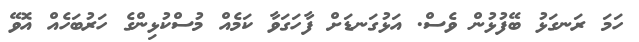
ހަމަ ރަނގަޅު ބޭފުޅުން ވެސް. އަޅުގަނޑަށް ފާހަގަވާ ކަމެއް މުސްކުޅިންގެ ހަރުބަހެއް އޮވޭ